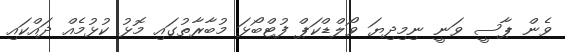
ވެން ޕާސީ ވަނީ ނިމިދިޔަ ވޯލްޑްކަޕް ފުޓްބޯޅަ މުބާރާތުގައި މޮޅު ކުޅުމެއް ދައްކައި